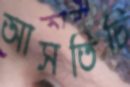
আসতিচি